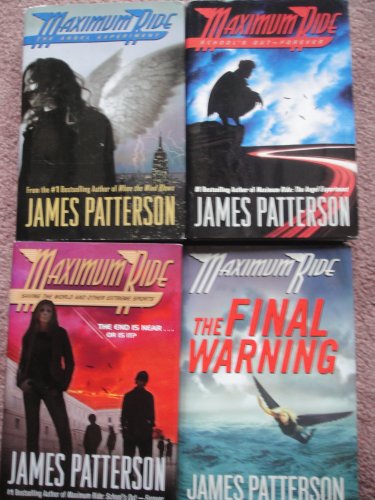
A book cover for Maximum Ride Set 1-4 (The Angel Experiment, School's Out Forever, Saving the World and Other Extreme Sports, The Final Warning); James Patterson; Sports & Outdoors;